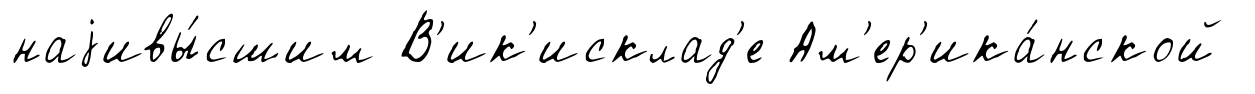
наjивы́сшим В'ик'исклад'е Ам'ер'ика́нской